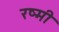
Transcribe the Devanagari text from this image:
रष्मी